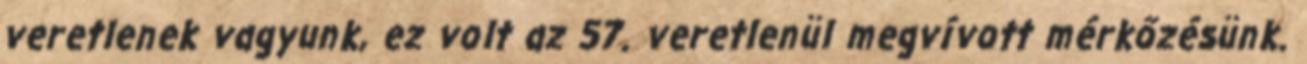
veretlenek vagyunk, ez volt az 57. veretlenül megvívott mérkőzésünk.